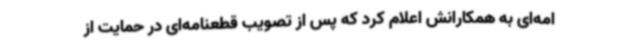
امه‌ای به همکارانش اعلام کرد که پس از تصویب قطعنامه‌ای در حمایت از